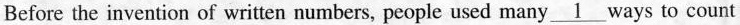
Before the invention of written numbers, people used many \underline{1} ways to count